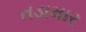
તડામાર